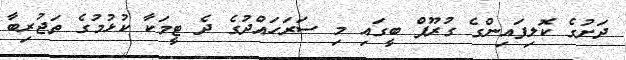
ދަށުގެ ކޮލިފައިންގެ ގުރޫޕް ބީގައި މި ސަރަހައްދުގެ ދެ ޓީމަކާ ކުޅުމުގެ ތަޖުރިބާ